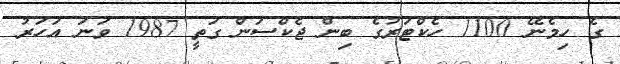
ގެ ހިމެނޭ 1100 ހެކްޓަރުގެ ބިން ޖެކްސަން ގަތީ 1987 ވަނަ އަހަރު